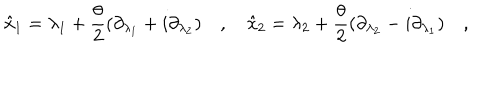
LaTeX: \hat { x } _ { 1 } = \lambda _ { 1 } + \frac { \theta } { 2 } ( \partial _ { \lambda _ { 1 } } + i \partial _ { \lambda _ { 2 } } ) \quad , \quad \hat { x } _ { 2 } = \lambda _ { 2 } + \frac { \theta } { 2 } ( \partial _ { \lambda _ { 2 } } - i \partial _ { \lambda _ { 1 } } ) \quad ,